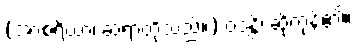
(အာစရိယာ၊ ဆရာတို့သည်။) ဝဒန္တိ၊ ဆိုကုန်၏။